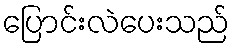
ပြောင်းလဲပေးသည်